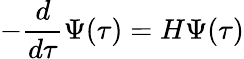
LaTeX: -{\frac{d}{d\tau}}\Psi(\tau)=H\Psi(\tau)